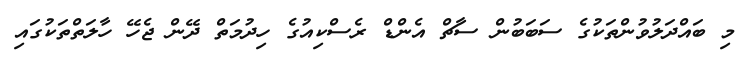
މި ބައްދަލުވުންތަކުގެ ސަބަބުން ސާޗް އެންޑް ރެސްކިއުގެ ހިދުމަތް ދޭން ޖެހޭ ހާލަތްތަކުގައި